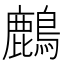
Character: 𪋞